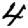
Digit: 4